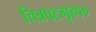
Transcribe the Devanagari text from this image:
चित्रपटगृह१०